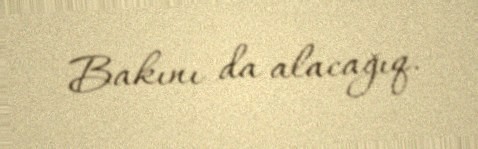
Bakını da alacağıq.